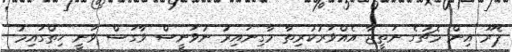
ޕެރޫ އިން މެޗުގެ ނަތީޖާ އެއްވަރުކުރިތާ މާގިނައިރު ނުވަނީސް ވާގަސް ވަނީ ހިތްގައިމު